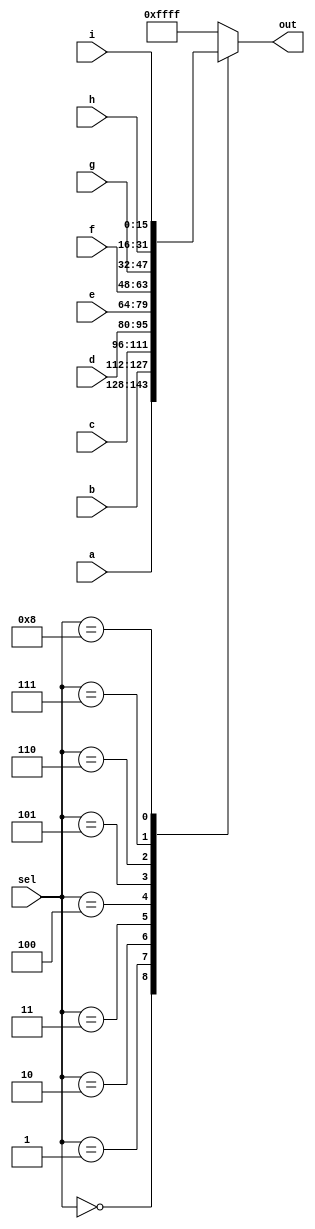
module top_module( 
    input [15:0] a, b, c, d, e, f, g, h, i,
    input [3:0] sel,
    output [15:0] out );
    always @(*) begin
        case(sel)
            4'b0000:out=a;
            4'b0001:out=b;
            4'b0010:out=c;
            4'b0011:out=d;
            4'b0100:out=e;
            4'b0101:out=f;
            4'b0110:out=g;
            4'b0111:out=h;
            4'b1000:out=i;
            default: out='1;
        endcase
    end
endmodule